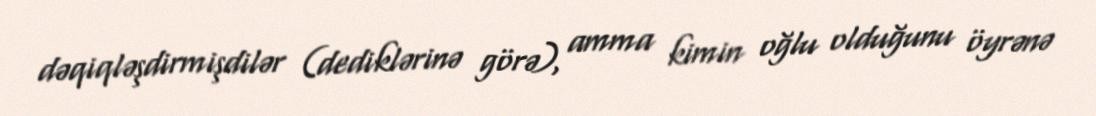
dəqiqləşdirmişdilər (dediklərinə görə), amma kimin oğlu olduğunu öyrənə